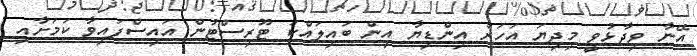
އޭނާ ވިދާޅުވީ މިދިޔަ އަހަރު އިންޑިޔާ އިން ބައިލައްކަ ޓޫރިސްޓުން އައިސްފައިވާ ކަމަށާއި